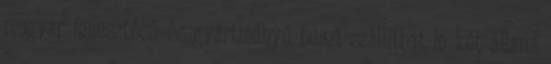
magyar fejlesztésű és gyártmányú buszt szállíthat le két állami